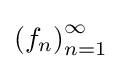
{(f_{n})}_{n=1}^{\infty }